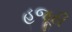
હજૂરી